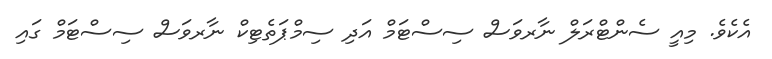
އެކެވެ. މިއީ ސެންޓްރަލް ނާރވަސް ސިސްޓަމް އަދި ސިމްޕަތެޓިކް ނާރވަސް ސިސްޓަމް ގައި